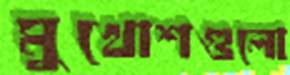
মুখোশগুলো